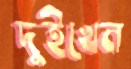
দুইখেন